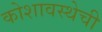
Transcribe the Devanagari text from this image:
कोशावस्थेची